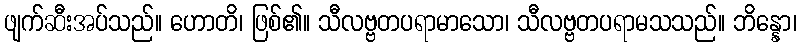
ဖျက်ဆီးအပ်သည်။ ဟောတိ၊ ဖြစ်၏။ သီလဗ္ဗတပရာမာသော၊ သီလဗ္ဗတပရာမသသည်။ ဘိန္နော၊